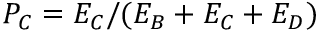
P _ { C } = E _ { C } / ( E _ { B } + E _ { C } + E _ { D } )